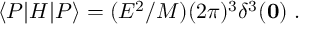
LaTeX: \langle P | H | P \rangle = ( E ^ { 2 } / M ) ( 2 \pi ) ^ { 3 } \delta ^ { 3 } ( \bf { 0 } ) \; .